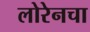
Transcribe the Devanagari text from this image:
लोरेनचा